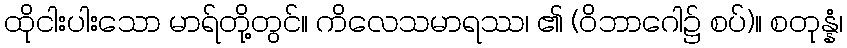
ထိုငါးပါးသော မာရ်တို့တွင်။ ကိလေသမာရဿ၊ ၏ (ဝိဘာဂေါ၌ စပ်)။ စတုန္နံ၊